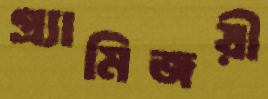
গ্র্যামিজয়ী